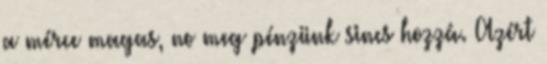
a mérce magas, no meg pénzünk sincs hozzá. Azért